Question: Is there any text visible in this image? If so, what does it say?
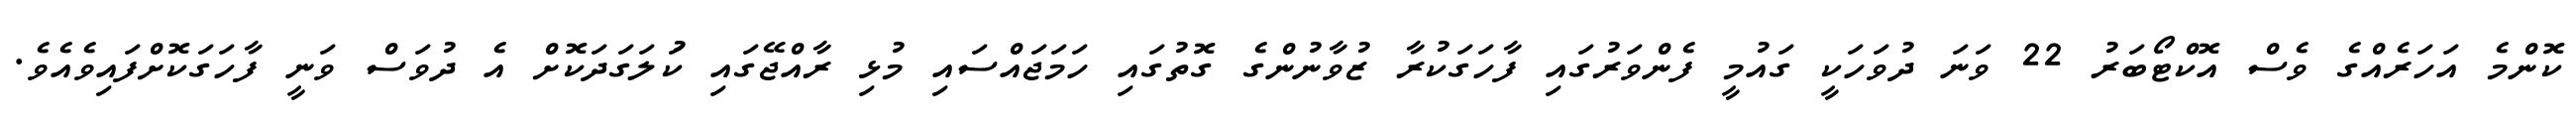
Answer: ކޮންމެ އަހަރެއްގެ ވެސް އޮކްޓޯބަރު 22 ވަނަ ދުވަހަކީ ގައުމީ ފެންވަރުގައި ފާހަގަކުރާ ޒުވާނުންގެ ގޮތުގައި ހަމަޖައްސައި މުޅި ރާއްޖޭގައި ކުަލަގަދަކޮށް އެ ދުވަސް ވަނީ ފާހަގަކޮށްފައިވެއެވެ.